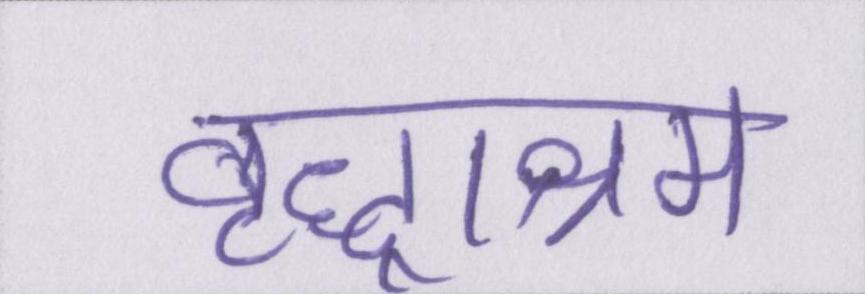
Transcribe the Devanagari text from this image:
वृद्धाश्रम